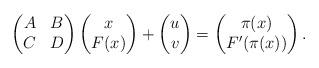
LaTeX: \begin{align*}\begin{pmatrix}A & B \\C & D\end{pmatrix}\begin{pmatrix}x\\F(x)\end{pmatrix}+\begin{pmatrix}u\\v\end{pmatrix}=\begin{pmatrix}\pi(x)\\F'(\pi(x))\end{pmatrix}.\end{align*}